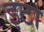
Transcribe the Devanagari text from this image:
इटा